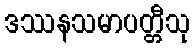
ဒဿနသမာပတ္တီသု